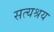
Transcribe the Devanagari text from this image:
सत्यश्रय